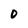
Character: 0